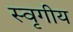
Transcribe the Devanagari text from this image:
स्वृगीय